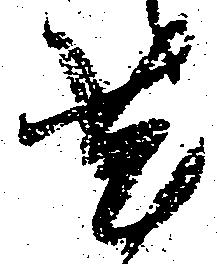
菟